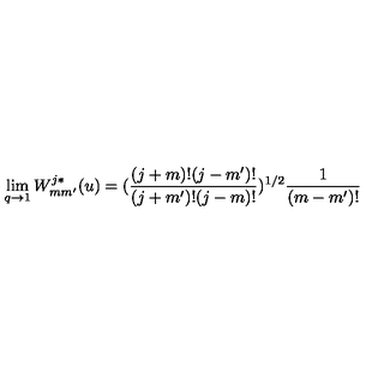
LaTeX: \lim _ { q \to 1 } W _ { m m ^ { \prime } } ^ { j * } ( u ) = ( \frac { ( j + m ) ! ( j - m ^ { \prime } ) ! } { ( j + m ^ { \prime } ) ! ( j - m ) ! } ) ^ { 1 / 2 } \frac { 1 } { ( m - m ^ { \prime } ) ! }